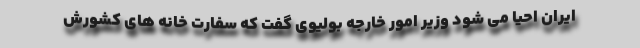
ایران احیا می شود وزیر امور خارجه بولیوی گفت که سفارت خانه های کشورش